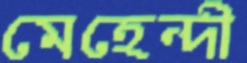
মেহেন্দী